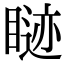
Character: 𬑢